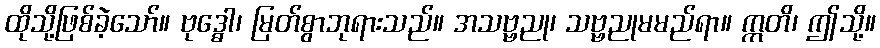
ထိုသို့ဖြစ်ခဲ့သော်။ ဗုဒ္ဓေါ၊ မြတ်စွာဘုရားသည်။ အသဗ္ဗညု၊ သဗ္ဗညုမမည်ရာ။ ဣတိ၊ ဤသို့။